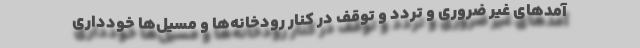
آمدهای غیر ضروری و تردد و توقف در کنار رودخانه‌ها و مسیل‌ها خودداری